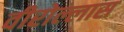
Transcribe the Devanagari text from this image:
वीरोल्लास